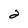
Character: 2